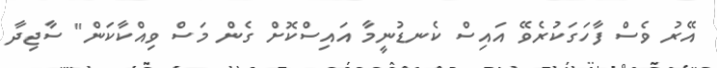
އޭރު ވެސް ފާހަގަކުރެވޭ އައިސް ކެނޑުނީމާ އައިސްކޮށް ގެން މަސް ވިއްކާކަން" ސާޖިދާ